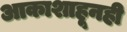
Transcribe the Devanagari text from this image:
आकाशाहूनही